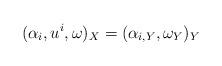
LaTeX: \begin{align*}( \alpha_i, u^i, \omega)_X= (\alpha_{i, Y}, \omega_{Y})_{ Y}\end{align*}